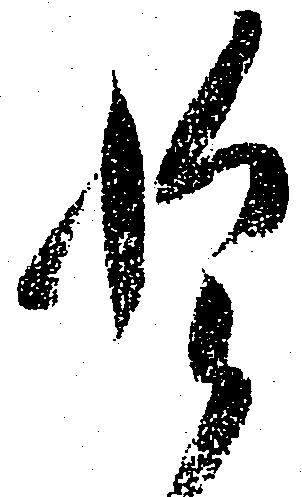
惶